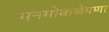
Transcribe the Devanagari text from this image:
मनमोकळेपणा